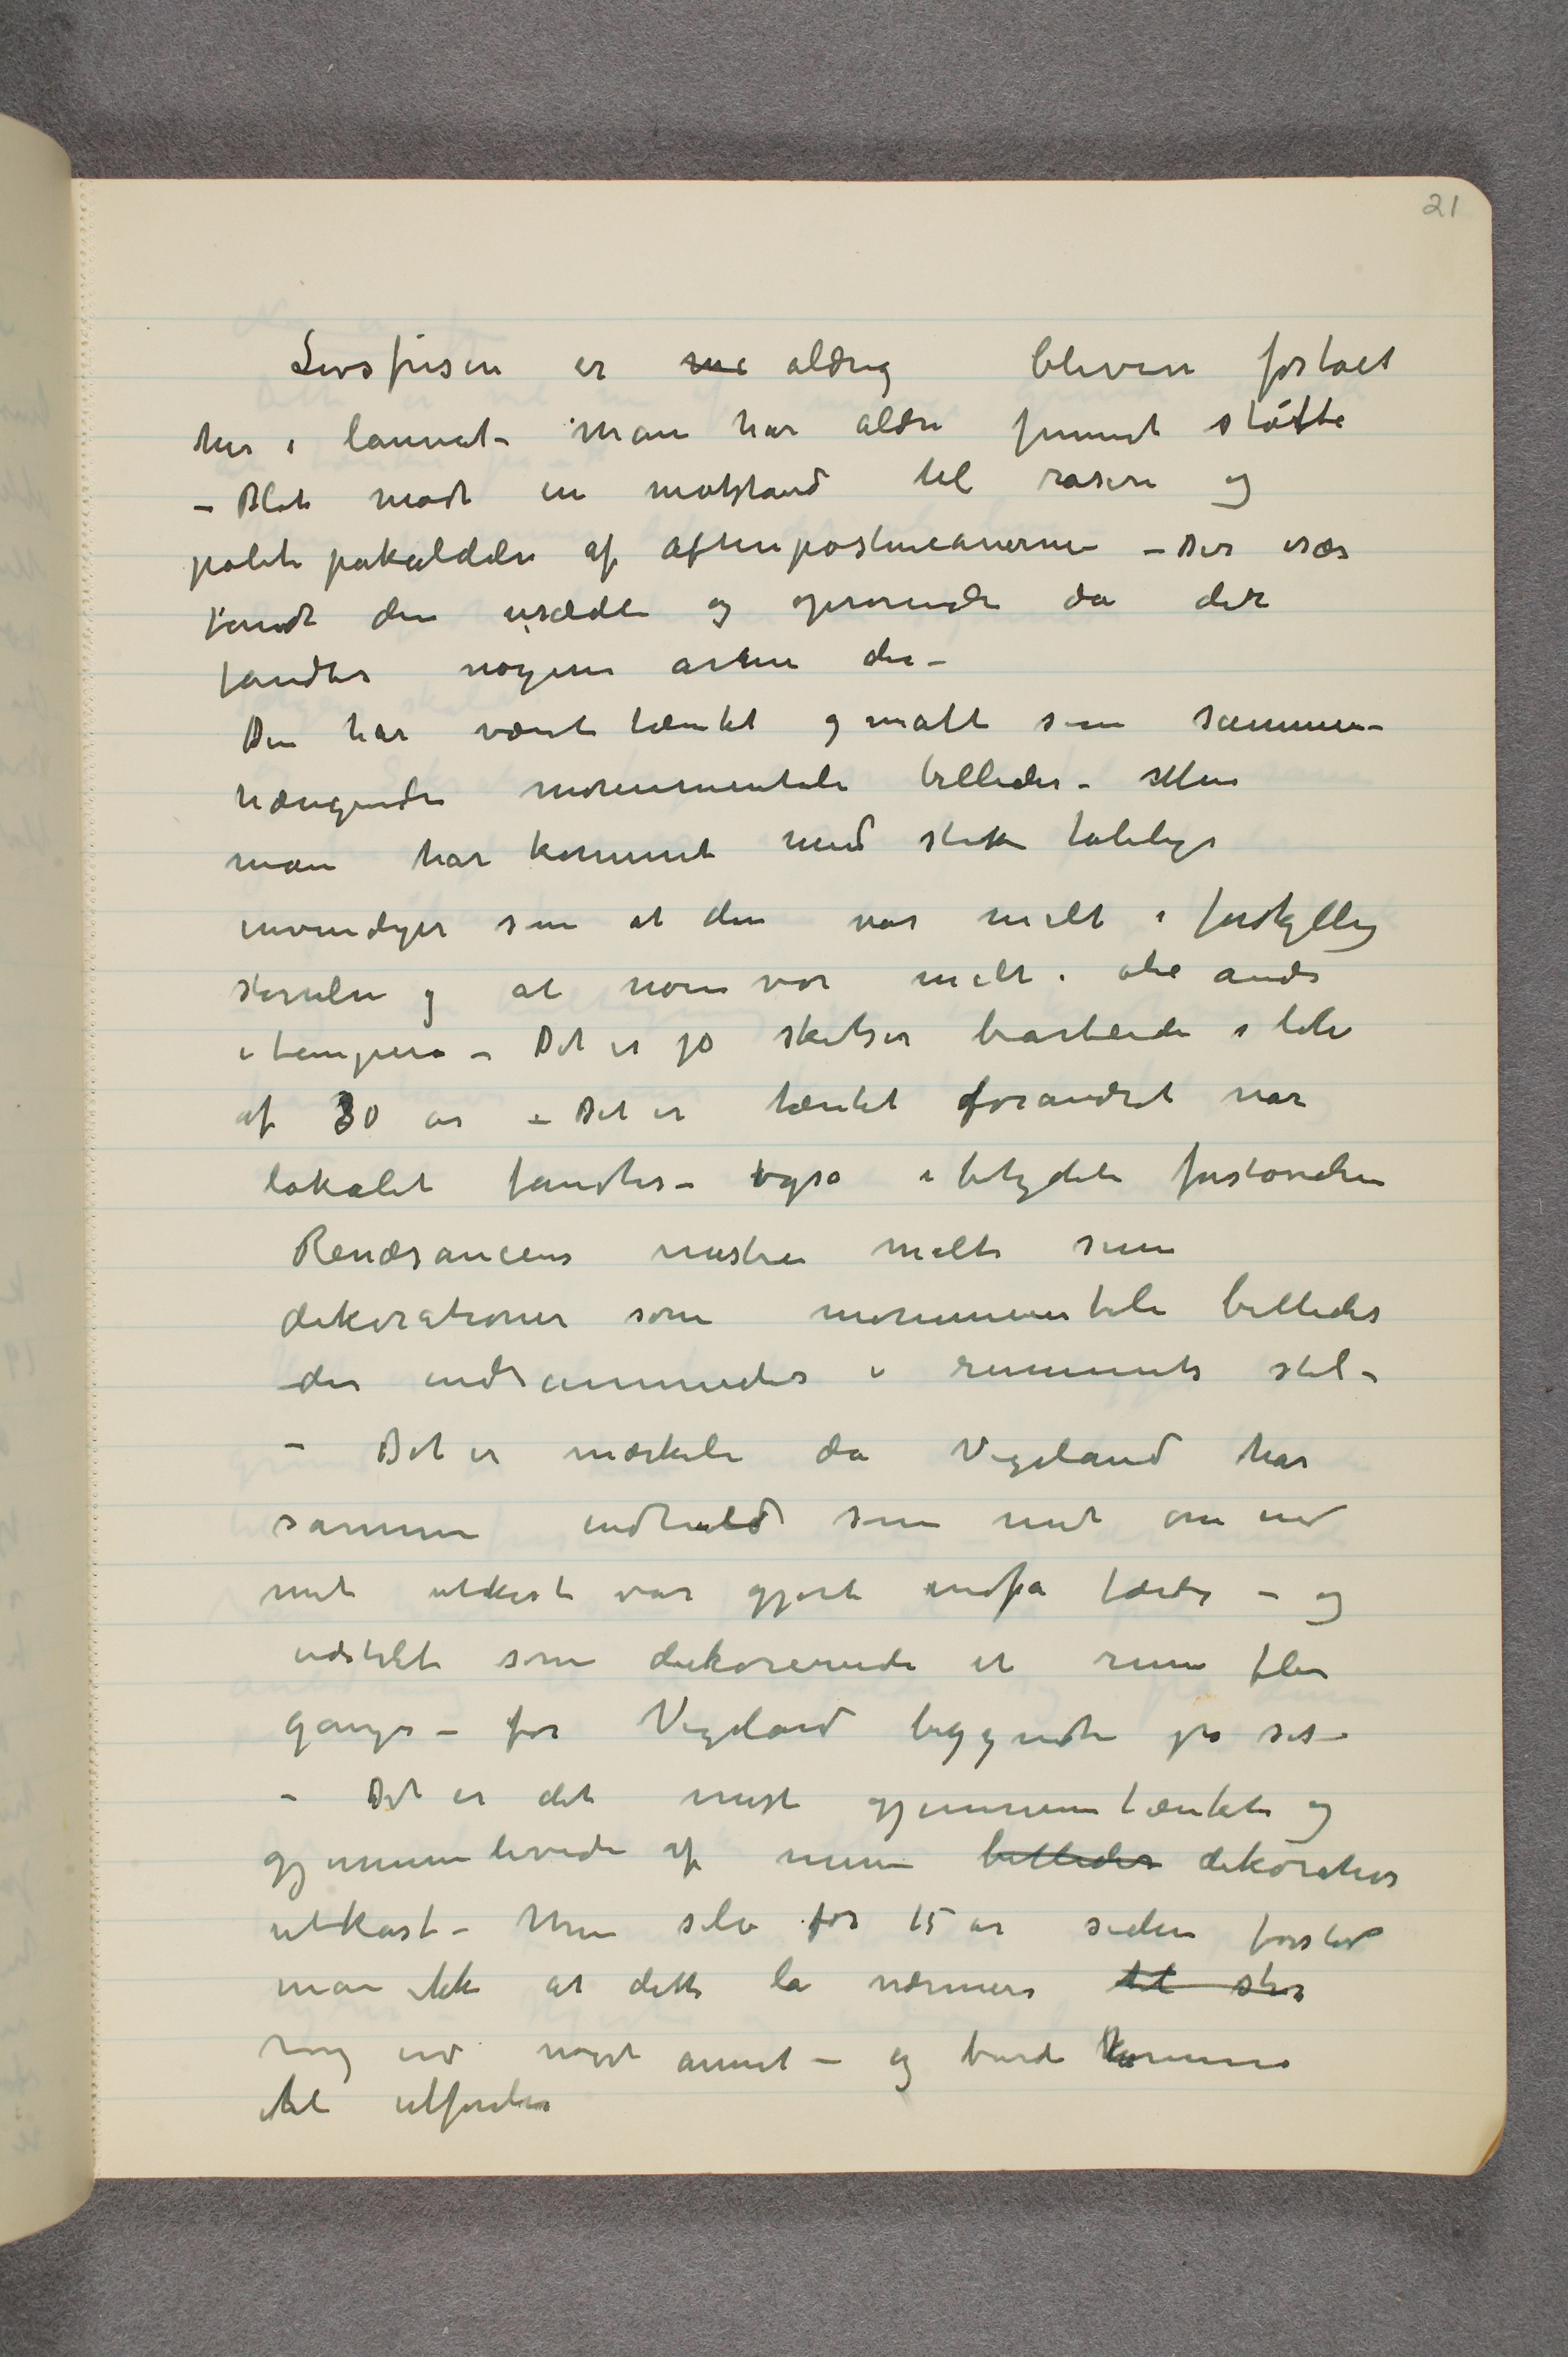
Livsfrisen er  …  aldrig bleven forstået
her i lannet – Man har aldri funnet støtte
– Blot mødt en motstand til raseri og
politipåkaldelser af Aftenpostenianerne – Der især
fandt den usædeli og oprørende da der
fandtes nøgne arme der –
Den har været tænkt og malt som sammen-
hængende monumentale billeder. Men
man har kommet med slike tåbelige
invendinger som at den var malt i forskjellig
størrelser og at noen var malt i olie andre
i tempera – Det er jo skitser bearbeide i løbe
af 30 år – Det er tænkt forandret når
lokalet fandtes – også i betydeli forstørrelse
Renæsancens mæstre malte sine
dekorationer som monumentale billeder
der indrammedes i rummets stil –
– Det er mærkeli da Vigeland har
samme indhold som mit om end
mit utkast var gjort  …  færdig – og
udstilet som dekorerende et rum flere
ganger – før Vigeland begyndte på sit –
– Det er det mest gjennemtænkte og
gjennemlevede af mine billeder dekorative
utkast – Men selv for 15 år siden forstod
man ikke at dette lå nærmere til stor
mig end noget annet – og burde komme
til utførelse